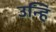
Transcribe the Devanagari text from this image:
उन्हि